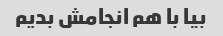
بیا با هم انجامش بدیم